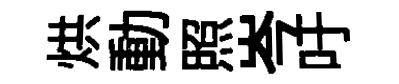
烘動照岑吁